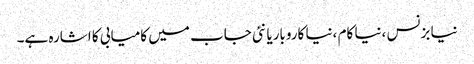
نیا بزنس ،نیا کام ،نیا کاروباریا نئی جاب میں کامیابی کا اشارہ ہے۔